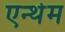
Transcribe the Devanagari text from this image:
एन्थेम